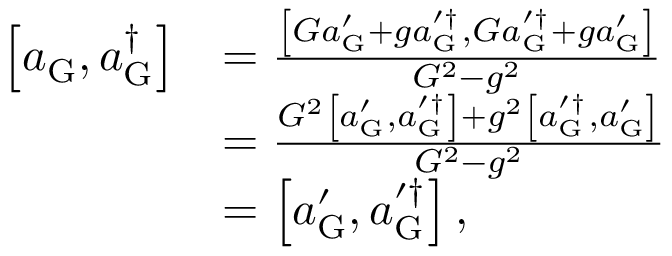
\begin{array} { r l } { \left[ a _ { \mathrm { G } } , a _ { \mathrm { G } } ^ { \dagger } \right] } & { = \frac { \left[ G a _ { \mathrm { G } } ^ { \prime } + g a _ { \mathrm { G } } ^ { \prime \dagger } , G a _ { \mathrm { G } } ^ { \prime \dagger } + g a _ { \mathrm { G } } ^ { \prime } \right] } { G ^ { 2 } - g ^ { 2 } } } \\ & { = \frac { G ^ { 2 } \left[ a _ { \mathrm { G } } ^ { \prime } , a _ { \mathrm { G } } ^ { \prime \dagger } \right] + g ^ { 2 } \left[ a _ { \mathrm { G } } ^ { \prime \dagger } , a _ { \mathrm { G } } ^ { \prime } \right] } { G ^ { 2 } - g ^ { 2 } } } \\ & { = \left[ a _ { \mathrm { G } } ^ { \prime } , a _ { \mathrm { G } } ^ { \prime \dagger } \right] , } \end{array}